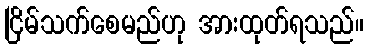
ငြိမ်သက်စေမည်ဟု အားထုတ်ရသည်။